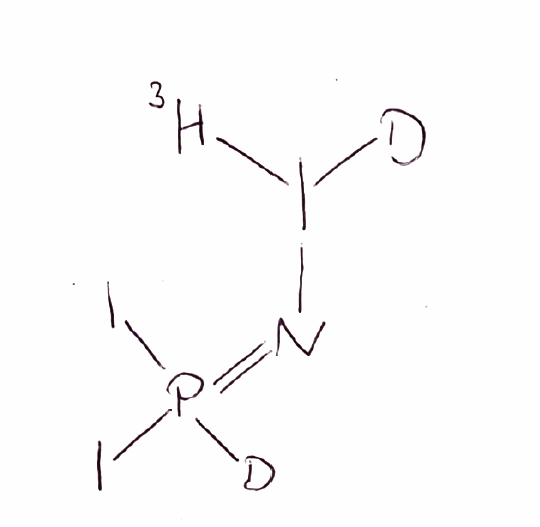
Simplified molecular-input line-entry system (SMILES) notation of the given molecule:
[2H]P(=NI([2H])[3H])(I)I